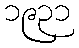
၁၉၃၁